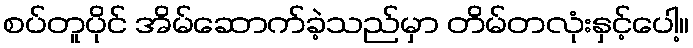
စပ်တူပိုင် အိမ်ဆောက်ခဲ့သည်မှာ တိမ်တလုံးနှင့်ပေါ့။